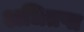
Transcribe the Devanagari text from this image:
अधितप्त